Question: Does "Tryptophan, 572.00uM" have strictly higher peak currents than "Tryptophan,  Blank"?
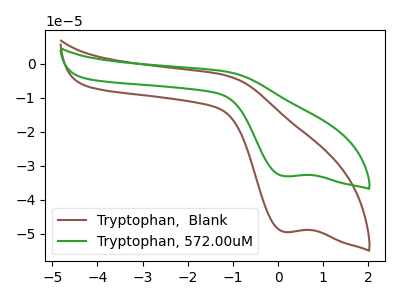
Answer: <think>The brown curve "Tryptophan,  Blank" has a cathodic peak at: (0.15V, -49.45uA). The green curve "Tryptophan, 572.00uM" has a cathodic peak at: (0.15V, -33.05uA).</think>
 <answer>Every peak in "Tryptophan, 572.00uM" is lower than every peak in "Tryptophan,  Blank".</answer>
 <eval>lower</eval>